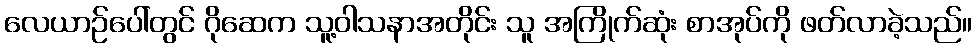
လေယာဉ်ပေါ်တွင် ဂိုဆေက သူ့ဝါသနာအတိုင်း သူ အကြိုက်ဆုံး စာအုပ်ကို ဖတ်လာခဲ့သည်။